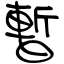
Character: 暫